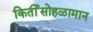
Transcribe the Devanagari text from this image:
किर्तीसोहळामान